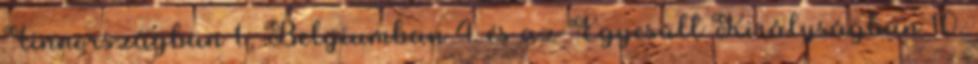
Finnországban 1., Belgiumban 4. és az Egyesült Királyságban 10.